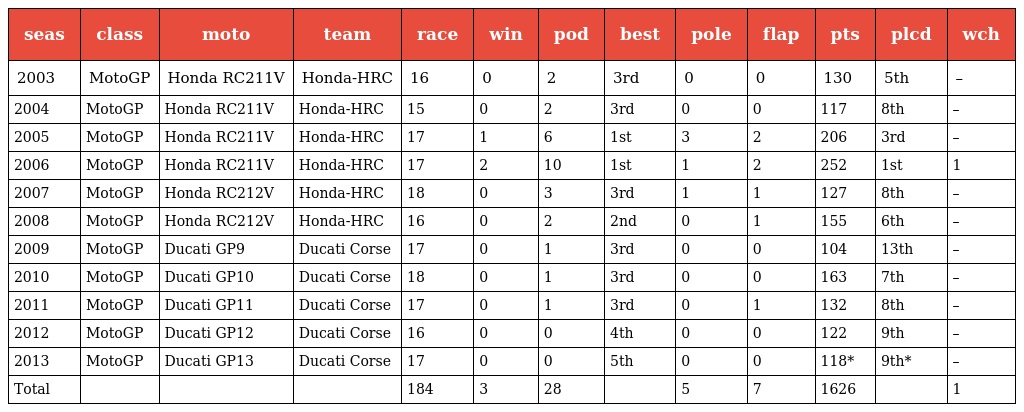
| seas | class | moto | team | race | win | pod | best | pole | flap | pts | plcd | wch |
 | --- | --- | --- | --- | --- | --- | --- | --- | --- | --- | --- | --- | --- |
 | 2003 | MotoGP | Honda RC211V | Honda-HRC | 16 | 0 | 2 | 3rd | 0 | 0 | 130 | 5th | – |
 | 2004 | MotoGP | Honda RC211V | Honda-HRC | 15 | 0 | 2 | 3rd | 0 | 0 | 117 | 8th | – |
 | 2005 | MotoGP | Honda RC211V | Honda-HRC | 17 | 1 | 6 | 1st | 3 | 2 | 206 | 3rd | – |
 | 2006 | MotoGP | Honda RC211V | Honda-HRC | 17 | 2 | 10 | 1st | 1 | 2 | 252 | 1st | 1 |
 | 2007 | MotoGP | Honda RC212V | Honda-HRC | 18 | 0 | 3 | 3rd | 1 | 1 | 127 | 8th | – |
 | 2008 | MotoGP | Honda RC212V | Honda-HRC | 16 | 0 | 2 | 2nd | 0 | 1 | 155 | 6th | – |
 | 2009 | MotoGP | Ducati GP9 | Ducati Corse | 17 | 0 | 1 | 3rd | 0 | 0 | 104 | 13th | – |
 | 2010 | MotoGP | Ducati GP10 | Ducati Corse | 18 | 0 | 1 | 3rd | 0 | 0 | 163 | 7th | – |
 | 2011 | MotoGP | Ducati GP11 | Ducati Corse | 17 | 0 | 1 | 3rd | 0 | 1 | 132 | 8th | – |
 | 2012 | MotoGP | Ducati GP12 | Ducati Corse | 16 | 0 | 0 | 4th | 0 | 0 | 122 | 9th | – |
 | 2013 | MotoGP | Ducati GP13 | Ducati Corse | 17 | 0 | 0 | 5th | 0 | 0 | 118* | 9th* | – |
 | Total |  |  |  | 184 | 3 | 28 |  | 5 | 7 | 1626 |  | 1 |